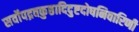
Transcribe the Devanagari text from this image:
सर्वोपद्रवकुष्ठादिदुष्टदोषनिवारिणी